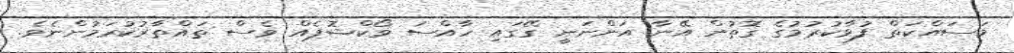
މަސައްކަތް ފުޅާކުރުމުގެ ގޮތުން އޭނާ އަންނަނީ ގޭގައި ހާއްސަ ވޯކްޝޮޕެއް ވެސް ތައްތާރުކުރަމުންނެވެ.